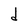
Character: d